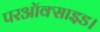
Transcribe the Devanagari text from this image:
परऑक्साइड।